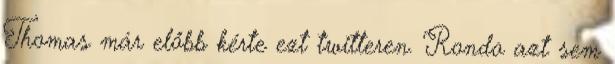
Thomas már előbb kérte ezt twitteren. Rondo azt sem